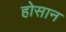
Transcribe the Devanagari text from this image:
होसान